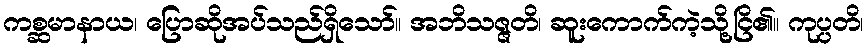
ကစ္ဆမာနာယ၊ ပြောဆိုအပ်သည်ရှိသော်။ အဘိသဇ္ဇတိ၊ ဆူးကောက်ကဲ့သို့ငြိ၏။ ကုပ္ပတိ၊